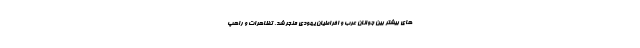
های بیشتر بین جوانان عرب و افراطیان یهودی منجر شد. تظاهرات و راهپ